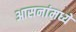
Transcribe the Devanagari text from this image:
आसनांमध्ये